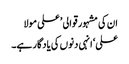
ان کی مشہور قوالی ’علی مولا
علی‘ انہی دنوں کی یادگار ہے۔